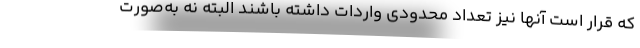
که قرار است آنها نیز تعداد محدودی واردات داشته باشند البته نه به‌صورت